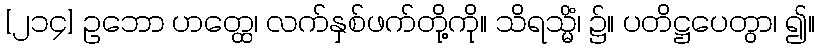
[၂၁၄] ဥဘော ဟတ္ထေ၊ လက်နှစ်ဖက်တို့ကို။ သိရသ္မိံ၊ ၌။ ပတိဋ္ဌပေတွာ၊ ၍။